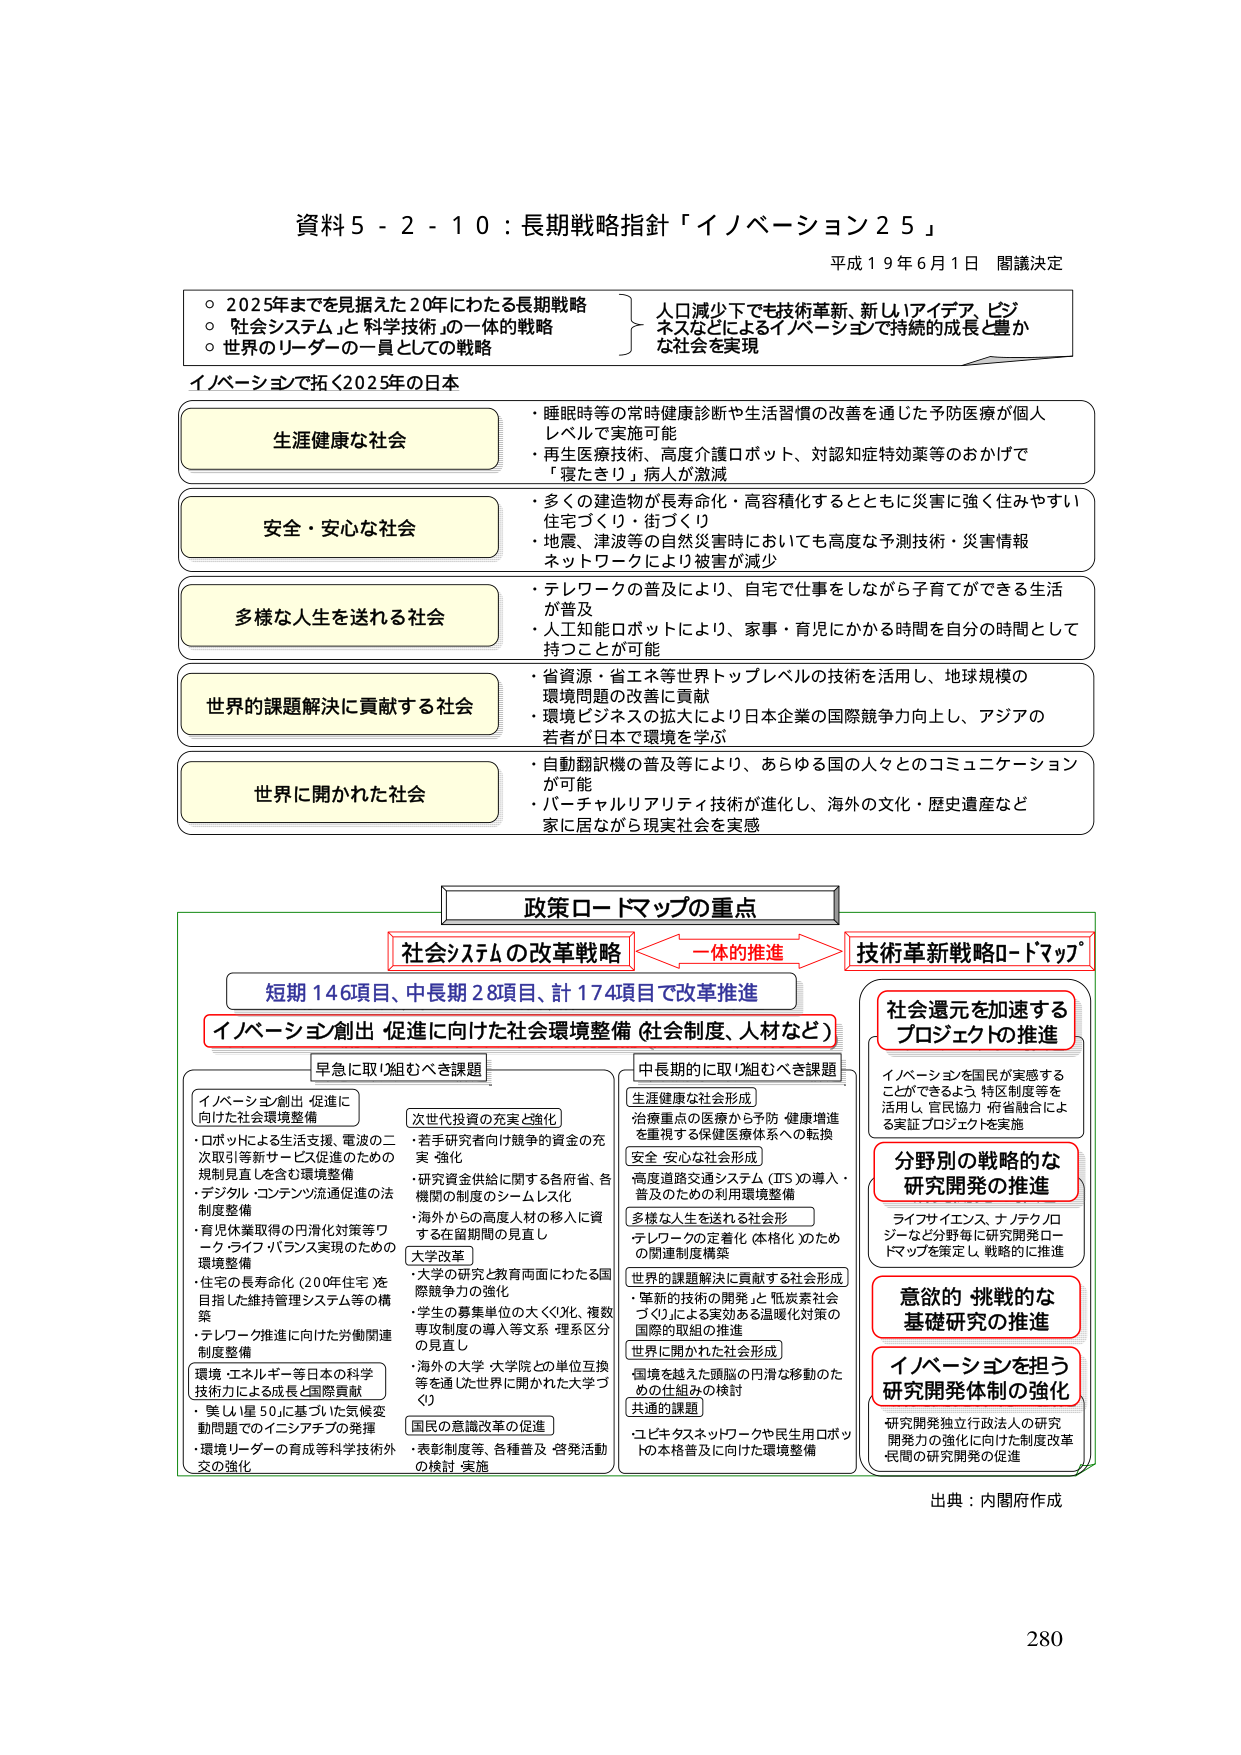
資料５－２－１０：長期戦略指針「イノベーション２５」
平成１９年６月１日 閣議決定

○ 2025年までを見据えた20年にわたる長期戦略
○ 「社会システム」と「科学技術」の一体的戦略
○ 世界のリーダーの一員としての戦略

人口減少下でも技術革新、新しいアイデア、ビジネスなどによるイノベーションで持続的成長と豊かな社会を実現

イノベーションで拓く2025年の日本

生涯健康な社会
・睡眠時等の常時健康診断や生活習慣の改善を通じた予防医療が個人レベルで実施可能
・再生医療技術、高度介護ロボット、対認知症特効薬等のおかげで「寝たきり」病人が激減

安全・安心な社会
・多くの建造物が長寿命化・高容積化するとともに災害に強く住みやすい住宅づくり・街づくり
・地震、津波等の自然災害時においても高度な予測技術・災害情報ネットワークにより被害が減少

多様な人生を送れる社会
・テレワークの普及により、自宅で仕事をしながら子育てができる生活が普及
・人工知能ロボットにより、家事・育児にかかる時間を自分の時間として持つことが可能

世界的課題解決に貢献する社会
・省資源・省エネ等世界トップレベルの技術を活用し、地球規模の環境問題の改善に貢献
・環境ビジネスの拡大により日本企業の国際競争力向上し、アジアの若者が日本で環境を学ぶ

世界に開かれた社会
・自動翻訳機の普及等により、あらゆる国の人々とのコミュニケーションが可能
・バーチャルリアリティ技術が進化し、海外の文化・歴史遺産など家に居ながら現実社会を実感

政策ロードマップの重点

社会システムの改革戦略 ←→ 一体的推進 → 技術革新戦略ロードマップ

短期146項目、中長期28項目、計174項目で改革推進

イノベーション創出・促進に向けた社会環境整備（社会制度、人材など）

早急に取り組むべき課題
イノベーション創出・促進に向けた社会環境整備
・ロボットによる生活支援、電波の二次取引等新サービス促進のための規制見直しを含む環境整備
・デジタル・コンテンツ流通促進の法制度整備
・育児休業取得の円滑化対策等ワーク・ライフ・バランス実現のための環境整備
・住宅の長寿命化（20年住宅）を目指した維持管理システム等の構築
・テレワーク推進に向けた労働関連制度整備
環境・エネルギー等日本の科学技術力による成長と国際貢献
・「美しい星50」に基づいた気候変動問題でのイニシアチブの発揮
・環境リーダーの育成等科学技術外交の強化

次世代投資の充実と強化
・若手研究者向け競争的資金の充実・強化
・研究資金供給に関する各府省、各機関の制度のシームレス化
・海外からの高度人材の移入に資する在留期間の見直し

大学改革
・大学の研究と教育両面にわたる国際競争力の強化
・学生の募集単位の大きく化、複数専攻制度の導入等文系・理系区分の見直し
・海外の大学・大学院との単位互換等を通じた世界に開かれた大学づくり

国民の意識改革の促進
・表彰制度等、各種普及・啓発活動の検討・実施

中長期的に取り組むべき課題
生涯健康な社会形成
・治療重点の医療から予防・健康増進を重視する保健医療体系への転換

安全・安心な社会形成
・高度道路交通システム（ITS）の導入・普及のための利用環境整備

多様な人生を送れる社会形成
・テレワークの定着化（本格化）のための関連制度構築

世界的課題解決に貢献する社会形成
・革新的技術の開発と「低炭素社会づくり」による実効ある温暖化対策の国際的取組の推進

世界に開かれた社会形成
・国境を越えた頭脳の円滑な移動のための仕組みの検討

共通の課題
・コピキタスネットワークや民生用ロボットの本格普及に向けた環境整備

社会還元を加速するプロジェクトの推進
イノベーションを国民が実感することができるよう、特区制度等を活用し、官民協力・府省融合による実証プロジェクトを実施

分野別の戦略的な研究開発の推進
ライフサイエンス、ナノテクノロジーなど分野毎に研究開発ロードマップを策定し、戦略的に推進

意欲的・挑戦的な基礎研究の推進

イノベーションを担う研究開発体制の強化
研究開発独立行政法人の研究開発力の強化に向けた制度改革
民間の研究開発の促進

出典：内閣府作成

280